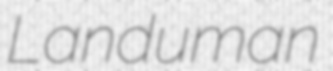
Landuman